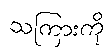
သကြားကို